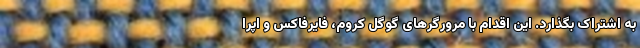
به اشتراک بگذارد. این اقدام با مرورگرهای گوگل کروم، فایرفاکس و اپرا